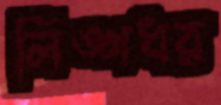
লিঙ্গধর